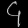
Digit: ၄